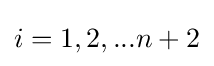
i=1,2,...n+2